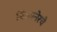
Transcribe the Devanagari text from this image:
बिकानेरचे